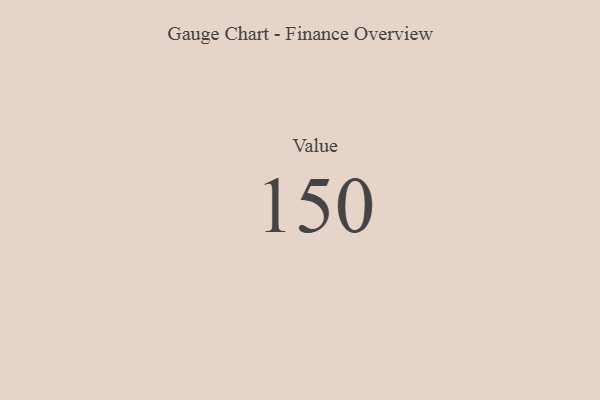
{"axis": {"x": "Metric", "y": "Value"}, "legend": [""], "data": [{"x": "Value", "y": 150, "type": ""}]}